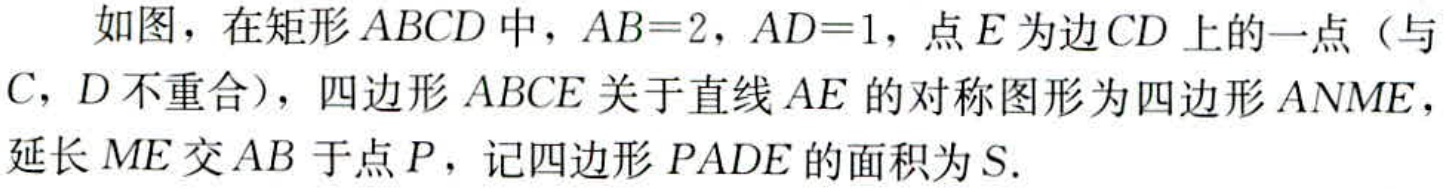
如图，在矩形\(ABCD\)中，\(AB = 2\)，\(AD = 1\)，点\(E\)为边\(CD\)上的一点（与\(C\)，\(D\)不重合），四边形\(ABCE\)关于直线\(AE\)的对称图形为四边形\(ANME\)，延长\(ME\)交\(AB\)于点\(P\)，记四边形\(PADE\)的面积为\(S\).